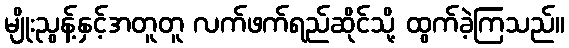
မျိုးညွန့်နှင့်အတူတူ လက်ဖက်ရည်ဆိုင်သို့ ထွက်ခဲ့ကြသည်။